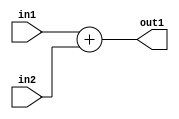
///////////////////////////////////////////////////////////////////////////////////////////////////
// Company: <Name>
//
// File history:
//      <Revision number>: <Date>: <Comments>
//      <Revision number>: <Date>: <Comments>
//      <Revision number>: <Date>: <Comments>
//
// Description: 
//
// <Description here>
//
// Targeted device: <Family::IGLOO2> <Die::M2GL025> <Package::256 VF>
//
/////////////////////////////////////////////////////////////////////////////////////////////////// 

//`timescale <time_units> / <precision>

module adder_addr( in1, in2, out1);
input[31:0] in1,in2;
output[31:0] out1;

assign out1=in1+in2;
//<statements>

endmodule